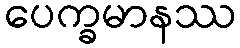
ပေက္ခမာနဿ